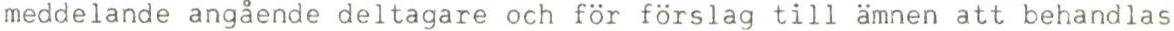
meddelande angående deltagare och för förslag till ämnen att behandlas